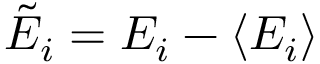
\tilde { E } _ { i } = E _ { i } - \langle E _ { i } \rangle